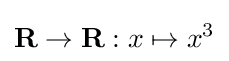
\mathbf {R} \to \mathbf {R} :x\mapsto x^{3}